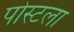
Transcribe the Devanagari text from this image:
पोस्टला